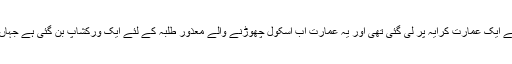
کولہا پور میونسپل کارپوریشن سے ہاسٹل کے لئے ایک عمارت کرایہ پر لی گئی تھی اور یہ عمارت اب اسکول چھوڑنے والے معذور طلبہ کے لئے ایک ورکشاپ بن گئی ہے جہاں 10 معذور افراد بحیثیت اسٹاف کام کررہے ہیں۔